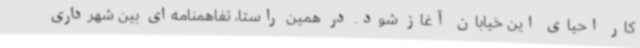
کار احیای این خیابان آغاز شود. در همین راستا، تفاهمنامه‌ای بین شهرداری